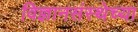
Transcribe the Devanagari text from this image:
विज्ञानसंस्थेच्या